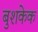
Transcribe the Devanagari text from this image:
बुशकेक